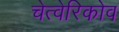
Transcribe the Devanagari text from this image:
चेत्वेरिकोव